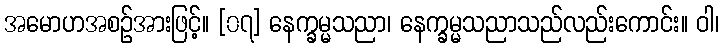
အမောဟအစဉ်အားဖြင့်။ [၀၇] နေက္ခမ္မသညာ၊ နေက္ခမ္မသညာသည်လည်းကောင်း။ ဝါ၊